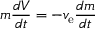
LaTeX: m { \frac { d V } { d t } } = - v _ { \mathrm { e } } { \frac { d m } { d t } }